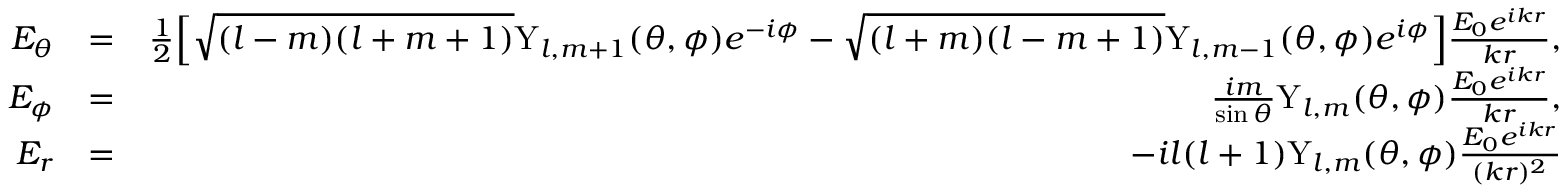
\begin{array} { r l r } { E _ { \theta } } & { = } & { \frac { 1 } { 2 } \Big [ \sqrt { ( l - m ) ( l + m + 1 ) } \mathrm { Y } _ { l , m + 1 } ( \theta , \phi ) e ^ { - i \phi } - \sqrt { ( l + m ) ( l - m + 1 ) } \mathrm { Y } _ { l , m - 1 } ( \theta , \phi ) e ^ { i \phi } \Big ] \frac { E _ { 0 } e ^ { i k r } } { k r } , } \\ { E _ { \phi } } & { = } & { \frac { i m } { \sin \theta } \mathrm { Y } _ { l , m } ( \theta , \phi ) \frac { E _ { 0 } e ^ { i k r } } { k r } , } \\ { E _ { r } } & { = } & { - i l ( l + 1 ) \mathrm { Y } _ { l , m } ( \theta , \phi ) \frac { E _ { 0 } e ^ { i k r } } { ( k r ) ^ { 2 } } } \end{array}